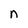
Character: n